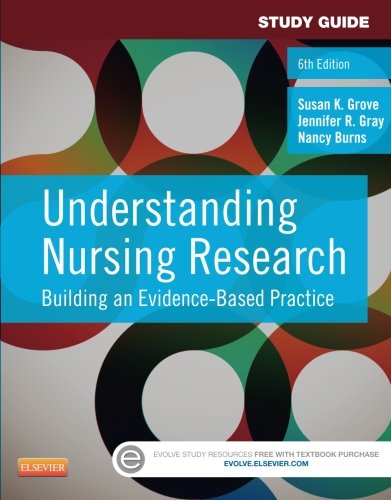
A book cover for Study Guide for Understanding Nursing Research: Building an Evidence-Based Practice, 6e; Susan K. Grove PhD  RN  ANP-BC  GNP-BC; Medical Books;